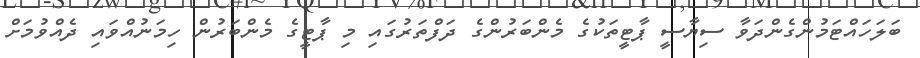
ބަލަހައްޓަމުންގެންދަވާ ސިޔާސީ ޕާޓީތަކުގެ މެންބަރުންގެ ދަފްތަރުގައި މި ޕާޓީގެ މެންބަރުން ހިމަނުއްވައި ދެއްވުމަށް